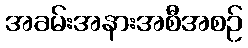
အခမ်းအနားအစီအစဉ်